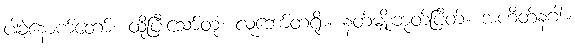
ပါခဲ့နောက်တော်။ ထိုပြီးသော်တုံ၊ လူဘော်တရိုး။ နတ်မျိုးဘုတ်ပြိတ်။ အဟိတ်နဂါး။